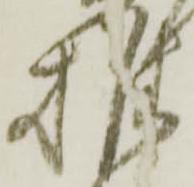
推